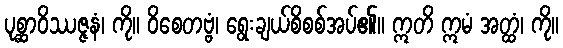
ပုစ္ဆာဝိဿဇ္ဇနံ၊ ကို။ ဝိစေတဗ္ဗံ၊ ရွေးချယ်စိစစ်အပ်၏။ ဣတိ ဣမံ အတ္ထံ၊ ကို။